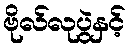
ဗိုလ်လုပွဲနှင့်